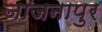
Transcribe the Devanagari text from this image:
जाजनापुर